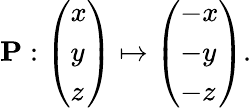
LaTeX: \mathbf{P}:{\left(\begin{array}{l}{x}\\ {y}\\ {z}\end{array}\right)}\mapsto{\left(\begin{array}{l}{-x}\\ {-y}\\ {-z}\end{array}\right)}.